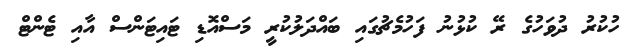
ހުކުރު ދުވަހުގެ ރޭ ކުޅުނު ފަހުމެޗުގައި ބައްދަލުކުރީ މަސްއޮޑި ޓައިޓަންސް އާއި ޓެންޓް